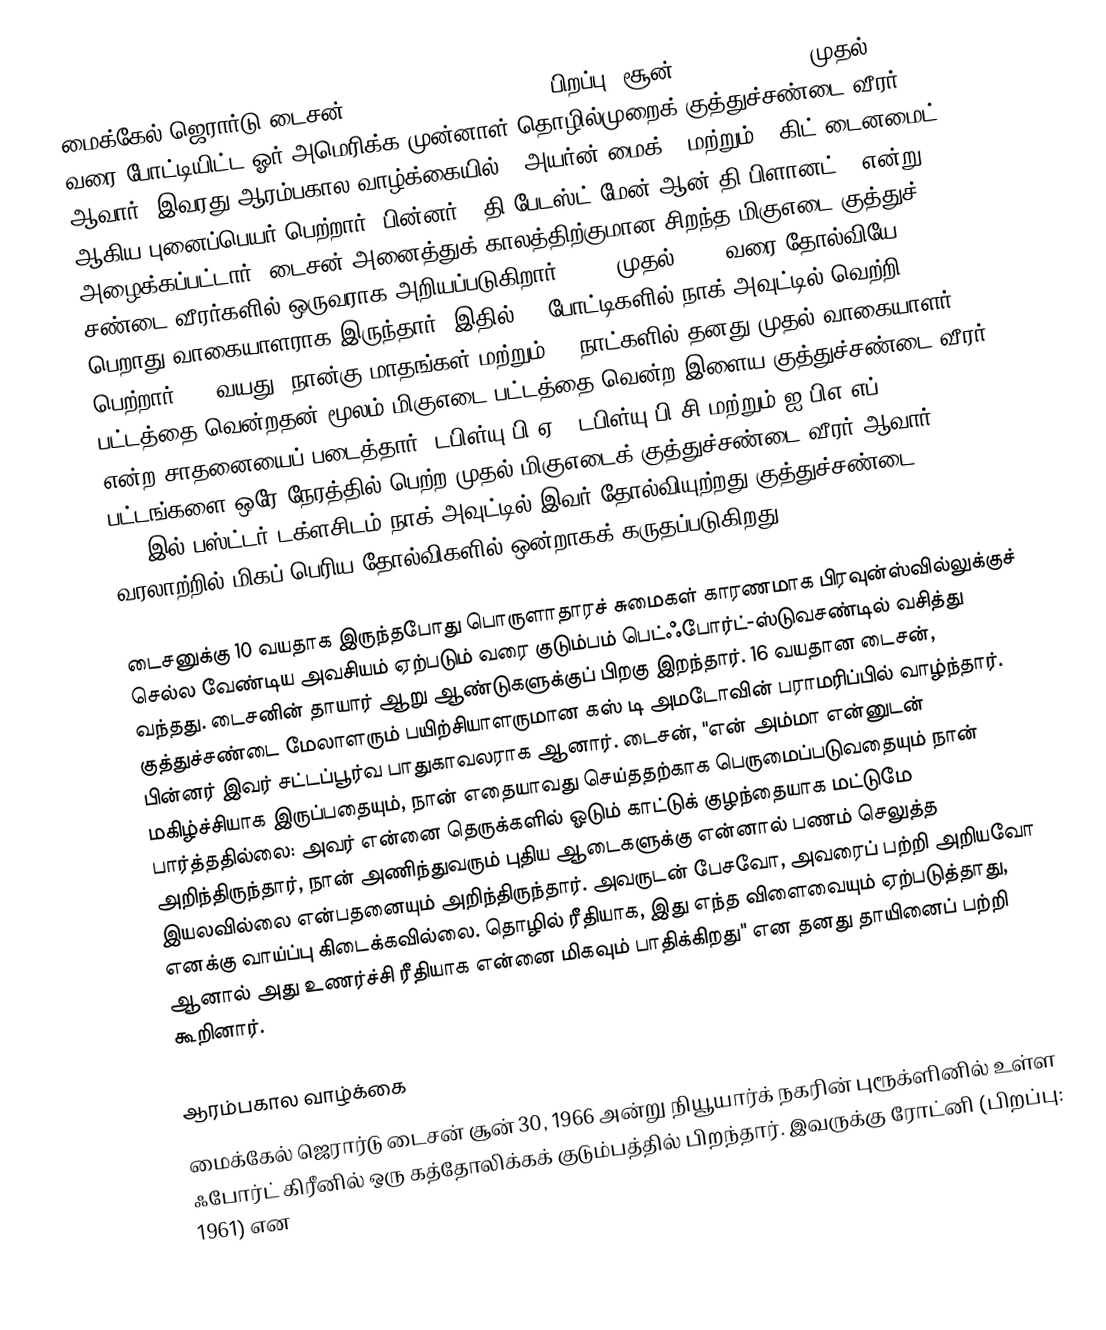
மைக்கேல் ஜெரார்டு டைசன் (Michael Gerard Tyson, பிறப்பு: சூன் 30, 1966) 1985 முதல் 2005 வரை போட்டியிட்ட ஓர் அமெரிக்க முன்னாள் தொழில்முறைக் குத்துச்சண்டை வீரர் ஆவார். இவரது ஆரம்பகால வாழ்க்கையில் " அயர்ன் மைக் "  மற்றும் " கிட் டைனமைட் " ஆகிய புனைப்பெயர் பெற்றார். பின்னர் " தி பேடஸ்ட் மேன் ஆன் தி பிளானட் " என்று அழைக்கப்பட்டார். டைசன் அனைத்துக் காலத்திற்குமான சிறந்த மிகுஎடை குத்துச் சண்டை வீரர்களில் ஒருவராக அறியப்படுகிறார். 1987 முதல் 1990 வரை தோல்வியே பெறாது வாகையாளராக இருந்தார். இதில் 19 போட்டிகளில் நாக் அவுட்டில்  வெற்றி பெற்றார். 20 வயது, நான்கு மாதங்கள் மற்றும் 22 நாட்களில் தனது முதல் வாகையாளர் பட்டத்தை வென்றதன் மூலம் மிகுஎடை பட்டத்தை வென்ற இளைய குத்துச்சண்டை வீரர் என்ற சாதனையைப் படைத்தார். டபிள்யு பி ஏ , டபிள்யு பி சி மற்றும் ஐ பிஎ எப் பட்டங்களை ஒரே நேரத்தில் பெற்ற முதல் மிகுஎடைக் குத்துச்சண்டை வீரர் ஆவார். 1990இல் பஸ்ட்டர் டக்ளசிடம் நாக் அவுட்டில் இவர் தோல்வியுற்றது குத்துச்சண்டை வரலாற்றில் மிகப் பெரிய தோல்விகளில் ஒன்றாகக் கருதப்படுகிறது.

டைசனுக்கு 10 வயதாக இருந்தபோது பொருளாதாரச் சுமைகள் காரணமாக பிரவுன்ஸ்வில்லுக்குச் செல்ல வேண்டிய அவசியம் ஏற்படும் வரை குடும்பம் பெட்ஃபோர்ட்-ஸ்டுவசண்டில் வசித்து வந்தது. டைசனின் தாயார் ஆறு ஆண்டுகளுக்குப் பிறகு இறந்தார். 16 வயதான டைசன், குத்துச்சண்டை மேலாளரும் பயிற்சியாளருமான கஸ் டி அமடோவின் பராமரிப்பில் வாழ்ந்தார். பின்னர் இவர் சட்டப்பூர்வ பாதுகாவலராக ஆனார். டைசன், "என் அம்மா என்னுடன் மகிழ்ச்சியாக இருப்பதையும், நான் எதையாவது செய்ததற்காக பெருமைப்படுவதையும் நான் பார்த்ததில்லை: அவர் என்னை தெருக்களில் ஓடும் காட்டுக் குழந்தையாக மட்டுமே அறிந்திருந்தார், நான் அணிந்துவரும் புதிய ஆடைகளுக்கு என்னால் பணம் செலுத்த இயலவில்லை என்பதனையும் அறிந்திருந்தார். அவருடன் பேசவோ, அவரைப் பற்றி அறியவோ எனக்கு வாய்ப்பு கிடைக்கவில்லை. தொழில் ரீதியாக, இது எந்த விளைவையும் ஏற்படுத்தாது, ஆனால் அது உணர்ச்சி ரீதியாக என்னை மிகவும் பாதிக்கிறது" என தனது தாயினைப் பற்றி கூறினார்.

ஆரம்பகால வாழ்க்கை
மைக்கேல் ஜெரார்டு டைசன் சூன் 30, 1966 அன்று நியூயார்க் நகரின் புரூக்ளினில் உள்ள ஃபோர்ட் கிரீனில் ஒரு கத்தோலிக்கக் குடும்பத்தில் பிறந்தார். இவருக்கு ரோட்னி (பிறப்பு: 1961)  என